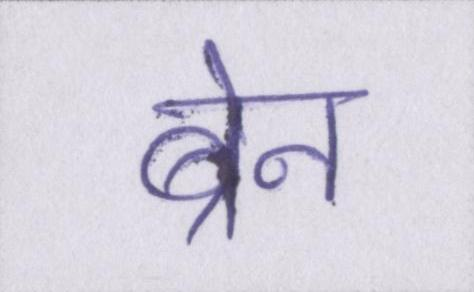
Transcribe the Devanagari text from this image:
ब्रेन